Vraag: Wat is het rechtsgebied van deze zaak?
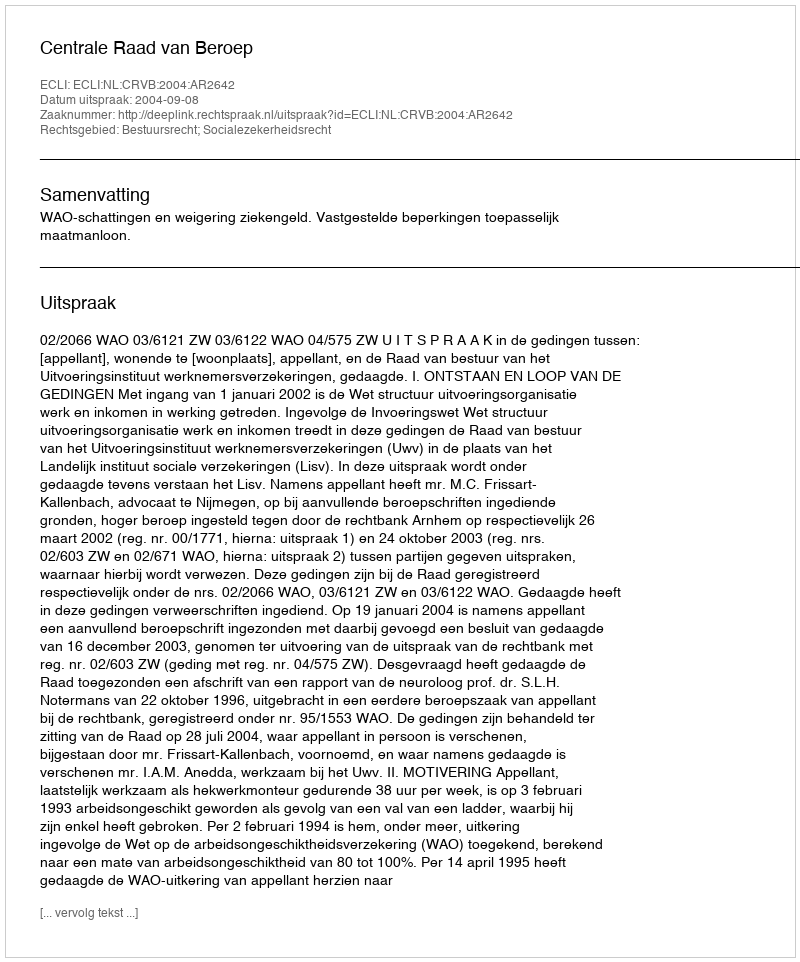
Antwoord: Bestuursrecht; Socialezekerheidsrecht